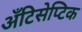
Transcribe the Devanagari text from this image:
अँटिसेप्टिक